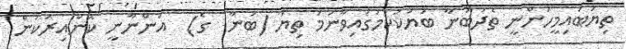
ތިޔަބައިމީހުންނީ ތެދުބުނާ ބަޔަކުކަމުގައިވާނަމަ ތިޔަ (ބުނާ  ގެ)  އަންނާނީ ކޮންއިރަކުން